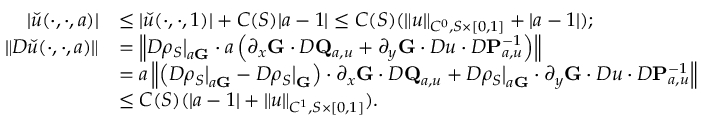
\begin{array} { r l } { | \check { u } ( \cdot , \cdot , a ) | } & { \leq | \check { u } ( \cdot , \cdot , 1 ) | + C ( S ) | a - 1 | \leq C ( S ) ( \| u \| _ { C ^ { 0 } , S \times [ 0 , 1 ] } + | a - 1 | ) ; } \\ { \| D \check { u } ( \cdot , \cdot , a ) \| } & { = \left\| D \rho _ { S } \big | _ { a \mathbf { G } } \cdot a \left( \partial _ { x } \mathbf { G } \cdot D \mathbf { Q } _ { a , u } + \partial _ { y } \mathbf { G } \cdot D u \cdot D \mathbf { P } _ { a , u } ^ { - 1 } \right) \right\| } \\ & { = a \left\| \left( D \rho _ { S } \big | _ { a \mathbf { G } } - D \rho _ { S } \big | _ { \mathbf { G } } \right) \cdot \partial _ { x } \mathbf { G } \cdot D \mathbf { Q } _ { a , u } + D \rho _ { S } \big | _ { a \mathbf { G } } \cdot \partial _ { y } \mathbf { G } \cdot D u \cdot D \mathbf { P } _ { a , u } ^ { - 1 } \right\| } \\ & { \leq C ( S ) ( | a - 1 | + \| u \| _ { C ^ { 1 } , S \times [ 0 , 1 ] } ) . } \end{array}